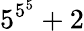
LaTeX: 5^{5^{5}}+2